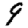
Digit: 9